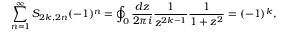
\sum _ { n = 1 } ^ { \infty } S _ { 2 k , 2 n } ( - 1 ) ^ { n } = \oint _ { 0 } { \frac { d z } { 2 \pi i } } { \frac { 1 } { z ^ { 2 k - 1 } } } { \frac { 1 } { 1 + z ^ { 2 } } } = ( - 1 ) ^ { k } ,